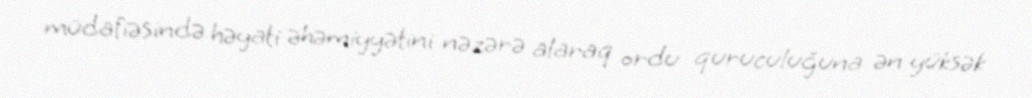
müdafiəsində həyati əhəmiyyətini nəzərə alaraq ordu quruculuğuna ən yüksək